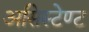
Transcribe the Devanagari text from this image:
असिस्टेण्ट